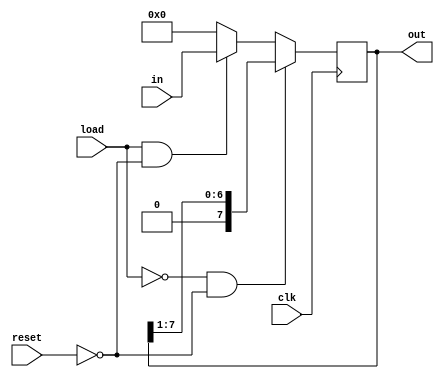
`timescale 1ns / 1ps

//////////////////////////////////////////////////////////////////////////////////
// Assignment No: 6
// Group No     : 8
// Problem No   : 2
// Group Members: Suhas Jain    (19CS30048)
//                Monal Prasad  (19CS30030)
// Semester No  : 5 (Autumn 2021-22)
//////////////////////////////////////////////////////////////////////////////////

// Module to implement a shift register  

module shift_register(
    input clk,
    input reset,
    input load,
    input [7:0] in,
    output reg [7:0] out
);
	/*
		clk: 	Clock 
		reset:	Reset bit of the module (indicates to reset the shift register)
		load: 	Load bit of the module (indicates when to load data) 
		in:		8-bit input bit of the module 
		out: 	8-bit output of the module
	*/

	// Sequential contol block
    // Asynchronous reset
	// Logic: if reset=1, assign out=0, else if load=1, assign out=input given, else right shift
	always @(posedge clk) begin
		if (load == 0 & reset == 0)
			out = out >> 1;
		else if (load ==1 & reset == 0)
			out = in;
		else
			out = 8'b0;
	end
	
endmodule